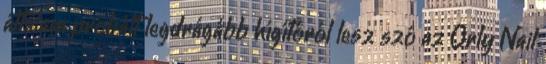
általam próbált legdrágább hígítóról lesz szó az Orly Nail